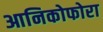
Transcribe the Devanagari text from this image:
आनिकोफोरा